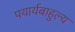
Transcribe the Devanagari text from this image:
पयार्यबाहुल्य